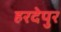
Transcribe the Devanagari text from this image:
हरदेपुर